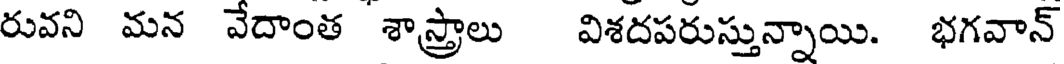
రువని మన వేదాంత శాస్త్రాలు విశదపరుస్తున్నాయి. భగవాన్